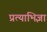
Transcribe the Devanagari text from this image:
प्रत्याभिज्ञा